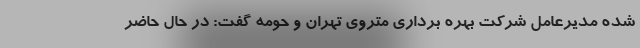
شده مدیرعامل شرکت بهره برداری متروی تهران و حومه گفت: در حال حاضر